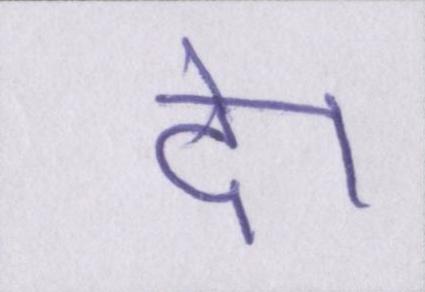
दे।